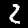
Digit: 2